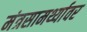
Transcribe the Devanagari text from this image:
मंत्रसामर्थ्यावर